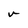
Character: v